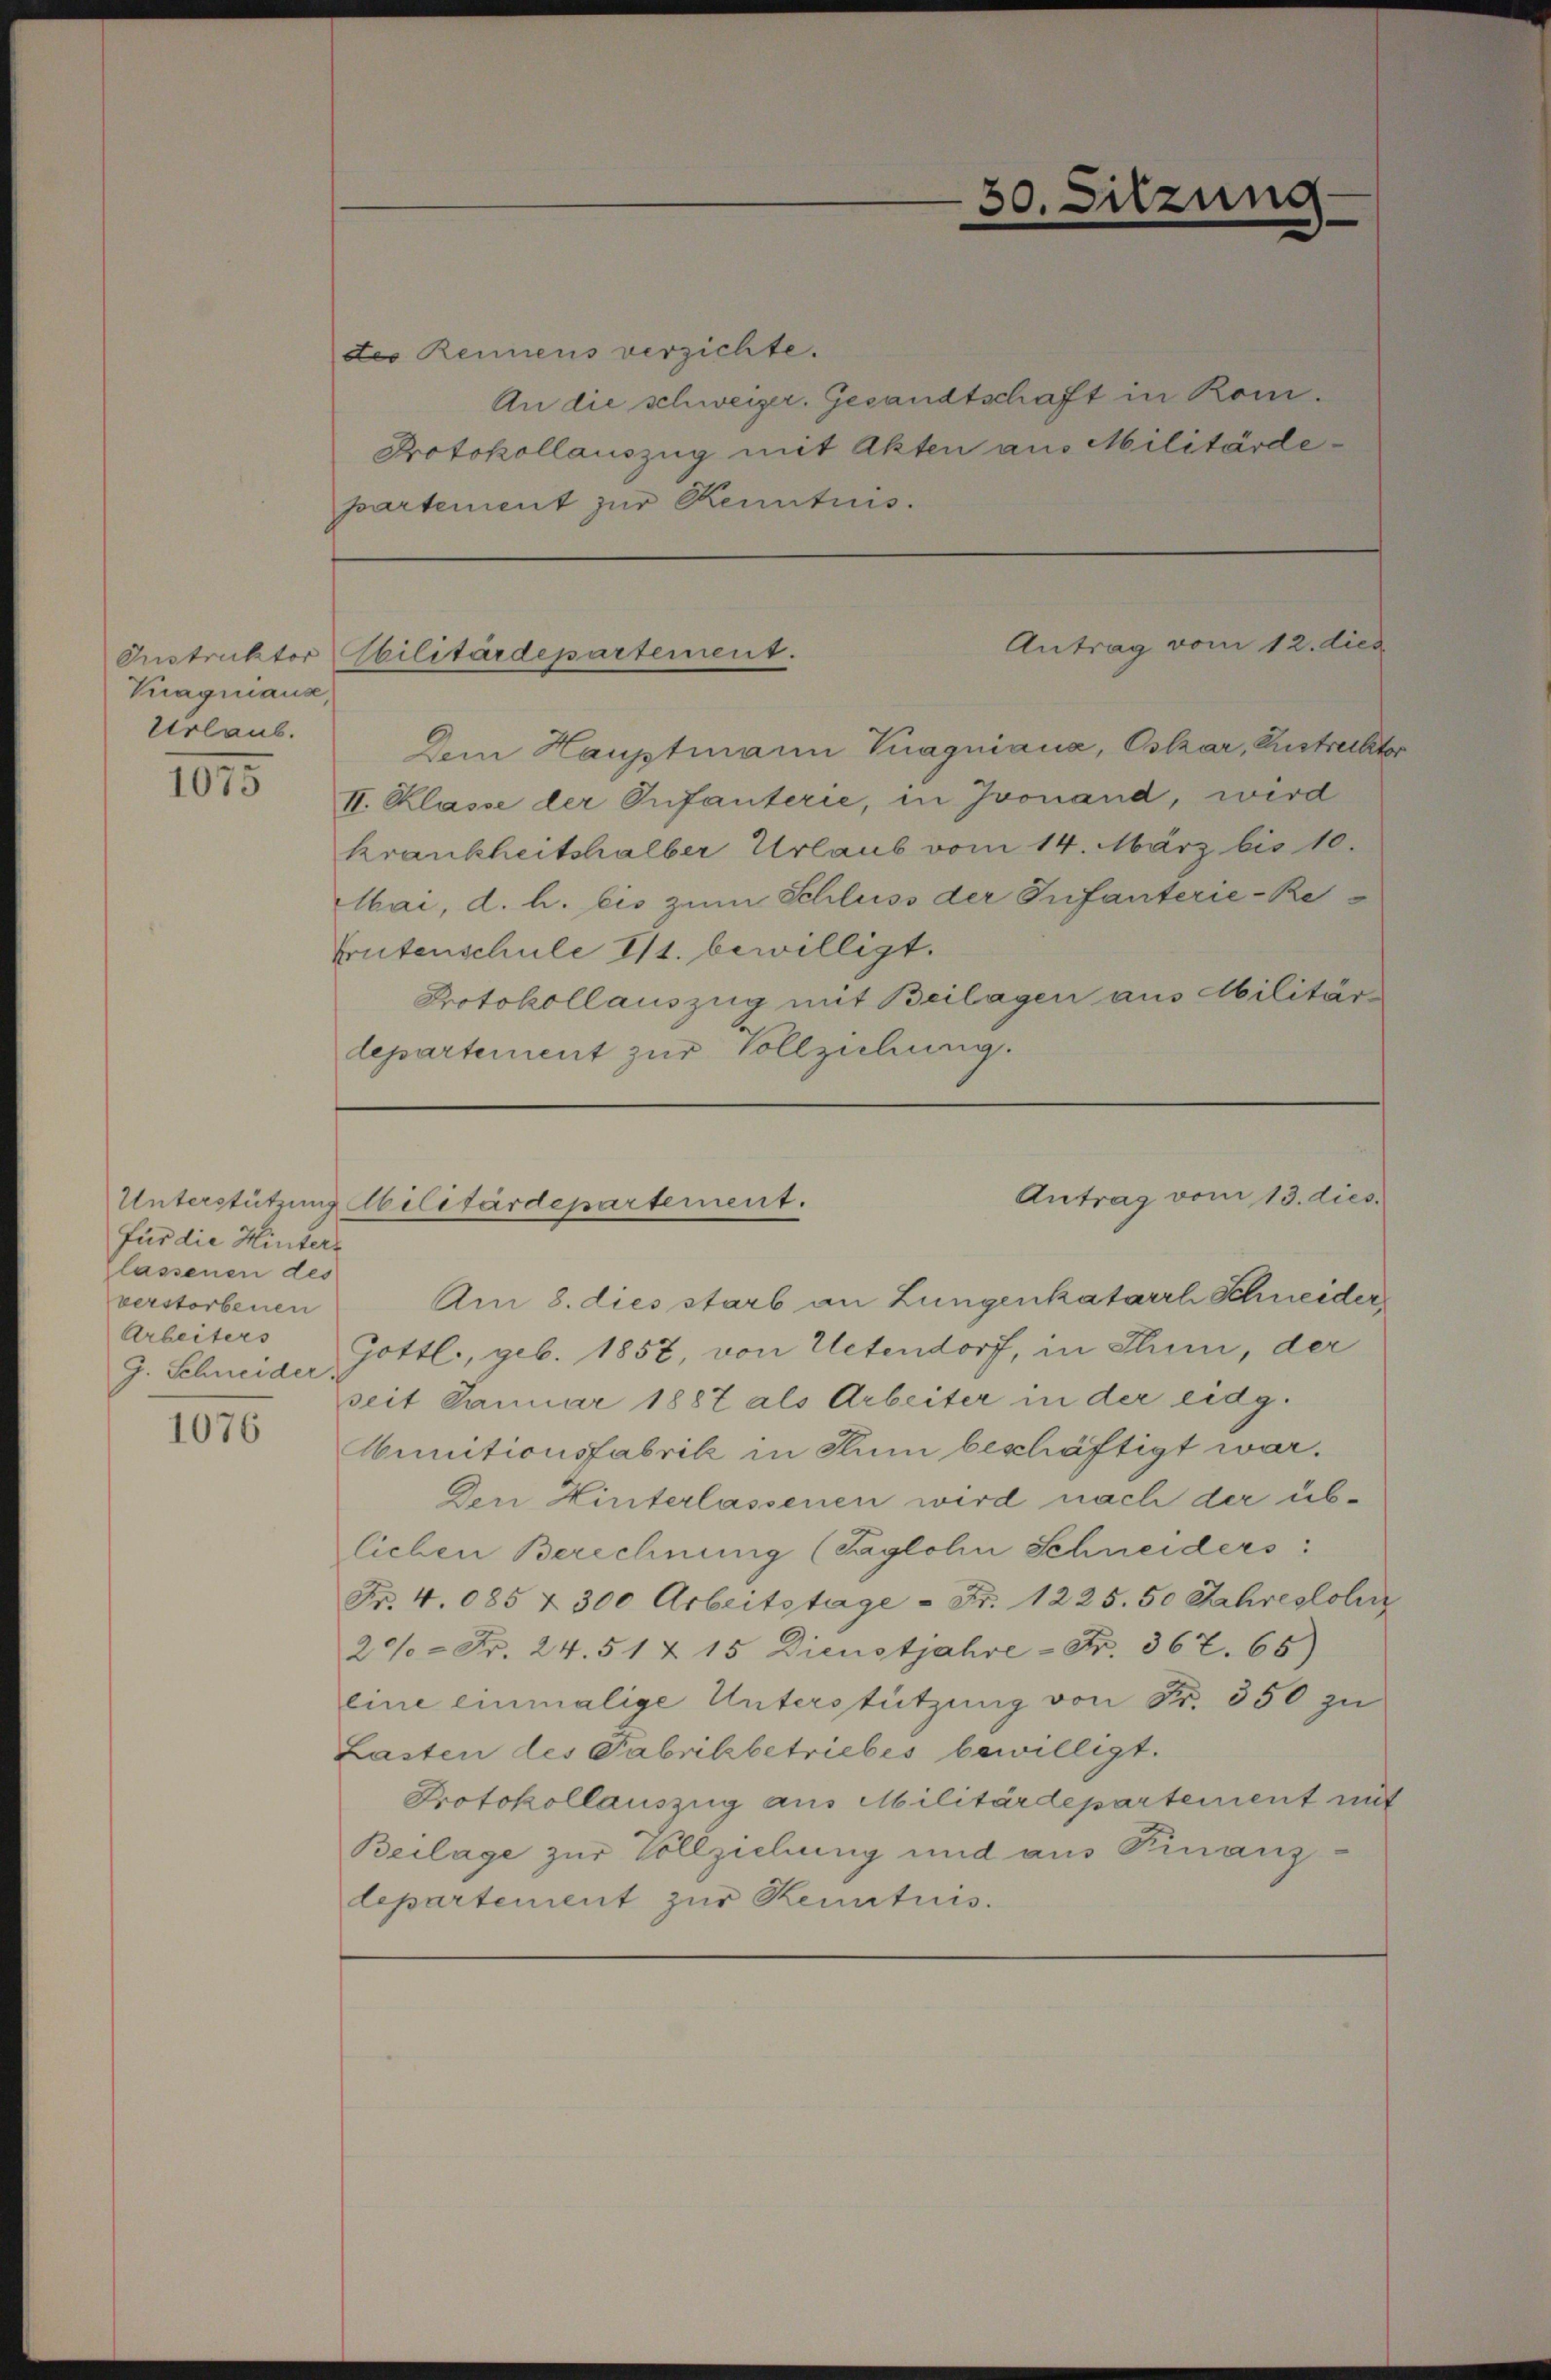
Instruktor
Kragnaus,
Urlaub.

1915

für die Hinters
flassenen des
verstorbenen
Arbeiters
G. Schneider

1076

des Rennens verzichte.
An die schweizer. Gesandtschaft in Kom¬
Protokollauszug mit Akten aus Militärdepartement zur Kenntnis.

Dem Hauptmann Pragniana, Oskar, Rustreckter
II. Klasse der Infanterie, in Jvonand, wird
krankheitshalber Urlaub vom 14. März bis 10.
Mai, d. h. bis zum Schluss der Infanterie-Re
Trutenschule 111. bewilligt.
Protokollauszug mit Beilagen aus Militär
lepartement zur Vollziehung.

Am 8. dies starb an Lungenkatarrh Schneider
Gottl., geb. 1857, von Uetendorf, in Thun, der
seit Januar 1887 als Arbeiter in der eidg.
Munitionsfabrik in Rum beschäftigt war.
Den Hinterlassenen wird nach der üblichen Berechnung (Taglohn Schneiders:
Fr. 4. 085 & 300 Arbeitstage - Fr. 1225. 50 Jahreslohn
20% = Fr. 24. 51 Z 15 Dienstjahre - Fr. 367. 65)
eine einmalige Unterstützung von Fr. 350 zu
Lasten des Fabrikbetriebes bewilligt.
Protokollauszug aus Militärdepartement mit
Beilage zur Vollziehung und aus Finanz-
lepartement zur Kenntnis.

0.

sitzung

Antrag vom 12. dies
Sbilitärdepartement.

Antrag vom 13. dies
Unterstützung Militärdepartement.